Leaving Certificate Examination, 1912
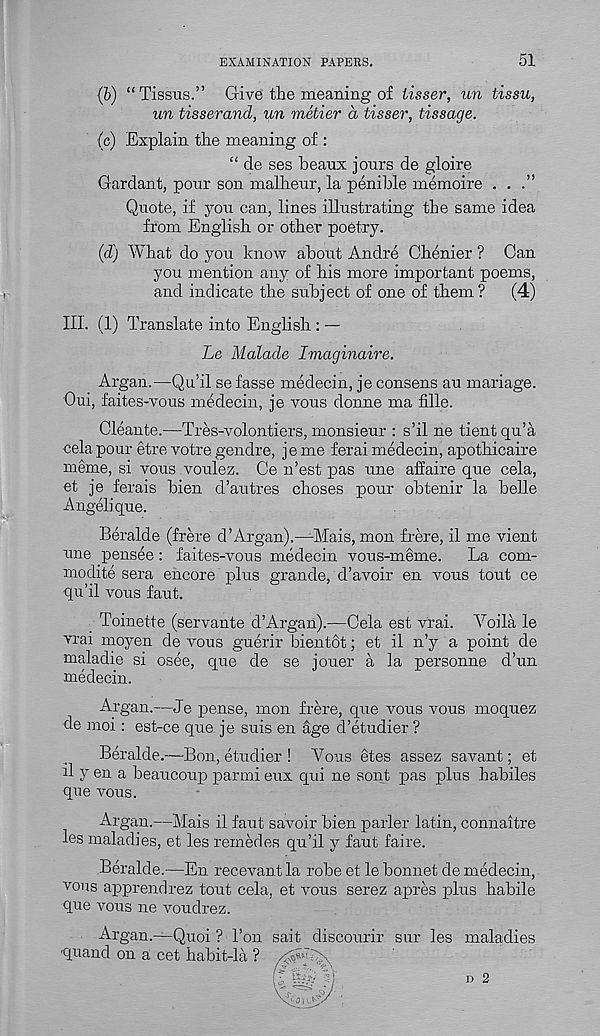
EXAMINATION PAPERS.
51
(6) “Tissus.” Gives the meaning of lisser, un tissu,
un tisserand, un metier d tisser, tissage.
(c) Explain the meaning of :
“ de ses beaux jours de gloire
Gardant, pour son malheur, la penible memoire ...”
Quote, if yon can, lines illustrating the same idea
from English or other poetry.
(d) What do you know about Andre Chenier ? Can
you mention any of his more important poems,
and indicate the subject of one of them ?
(4)
III. (1) Translate into English : —
Le Malade Imaginaire.
Argan.—Qu’il sefasse medecin, je consens au mariage.
Oui, faites-vous medecin, je vous donne ma fille.
Cleante.—Tres-volontiers, monsieur : s’il ne tient qu’a
cela pour etre votre gendre, je me ferai medecin, apothicaire
meme, si vous voulez. Ce n’est pas une affaire que cela,
et je ferais bien d’autres choses pour obtenir la belle
Angelique.
Beralde (frere d’Argan).—-Mais, mon frere, il me vient
une pensee: faites-vous medecin vous-meme.
La com-
modite sera encore plus grande, d’avoir en vous tout ce
qu’il vous faut.
. Toinette (servante d’Argan).—Cela est vrai. Voila le
vrai moyen de vous guerir bientot; et il n’y a point de
maladie si osee, que de se jouer a la personne d’un
medecin.
Argan.—Je pense, mon frere, que vous vous moquez
de moi: est-ce que je suis en age d’etudier ?
Beralde.—Bon, etudier ! Vous fstes assez savant; et
il y en a beaucoup parmi eux qui ne sont pas plus habiles
que vous.
Argan.—Mais il faut savoir bien parler latin, connaitre
les maladies, et les remedes qu’il y faut faire.
Beralde.—En recevant la robe et le bonnet de medecin,
vous apprendrez tout cela, et vous serez apres plus habile
que vous ne voudrez.
Argan.—Quoi ? Ton sait discourir sur les maladies
quand on a cet habit-la ? /JW
D 2